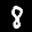
Label: 8